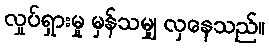
လှုပ်ရှားမှု မှန်သမျှ လှနေသည်။